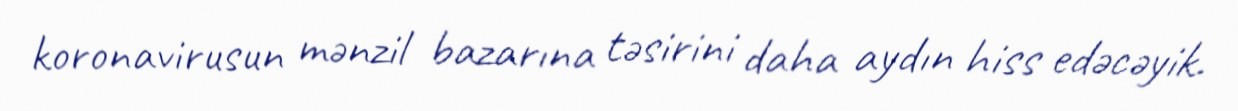
koronavirusun mənzil bazarına təsirini daha aydın hiss edəcəyik.